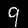
Digit: 9